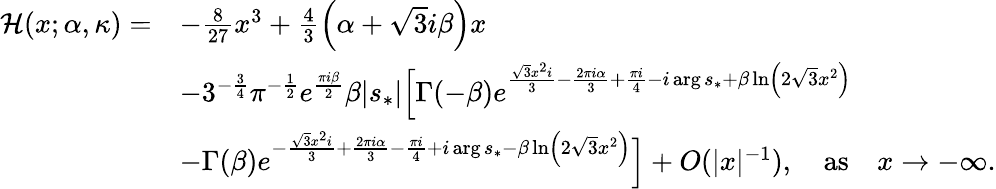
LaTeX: \begin{array}{rl}{\mathcal{H}(x;\alpha,\kappa)=}&{-\frac{8}{27}x^{3}+\frac{4}{3}\left(\alpha+\sqrt{3}i{\beta}\right)x}\\ &{-3^{-\frac{3}{4}}\pi^{-\frac{1}{2}}e^{\frac{\pi i{\beta}}{2}}{\beta}|s_{*}|\Big[\Gamma(-{\beta})e^{\frac{\sqrt{3}x^{2}i}{3}-\frac{2\pi i\alpha}{3}+\frac{\pi i}{4}-i\arg s_{*}+{\beta}\ln\left(2\sqrt{3}x^{2}\right)}}\\ &{-\Gamma({\beta})e^{-\frac{\sqrt{3}x^{2}i}{3}+\frac{2\pi i\alpha}{3}-\frac{\pi i}{4}+i\arg s_{*}-{\beta}\ln\left(2\sqrt{3}x^{2}\right)}\Big]+O(|x|^{-1}),\quad\mathrm{as}\quad x\rightarrow-\infty.}\end{array}